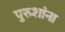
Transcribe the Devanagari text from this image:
पुरुशांना